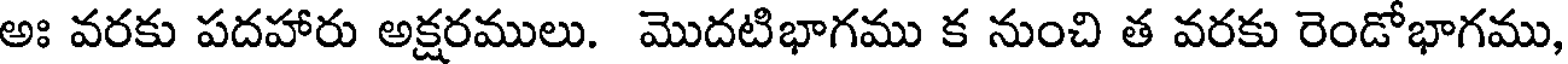
అః వరకు పదహారు అక్షరములు. మొదటిభాగము క నుంచి త వరకు రెండోభాగము,